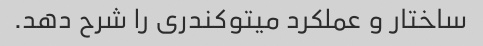
ساختار و عملکرد میتوکندری را شرح دهد.